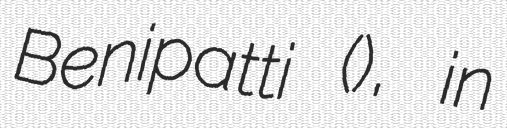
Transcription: Benipatti (अनुमंडल), in